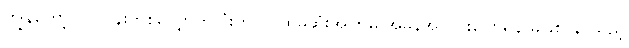
ကျွန်တော့် လုပ်ငန်းတစ်လျှောက်လုံးတွင် ပထမဆုံးအကြိမ် အမှန်အတိုင်းပြောရန် မဖြစ် နိုင်သည့်